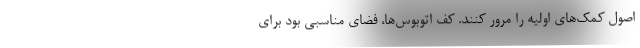
اصول كمك‌هاي اوليه را مرور كنند. كف اتوبوس‌ها، فضاي مناسبي بود براي